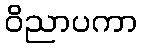
ဝိညာပကာ